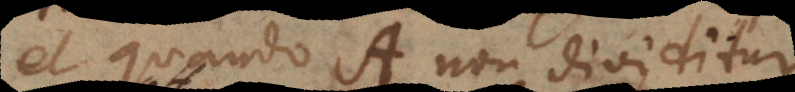
et quando A non dividitur